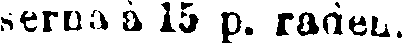
serna à 15 p. raden.